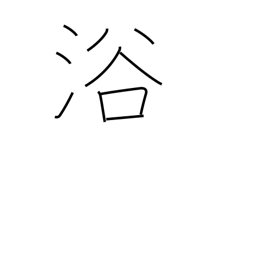
Meaning: be favored with